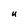
Character: U